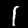
Digit: 1